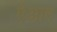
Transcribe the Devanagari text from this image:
ऐआर